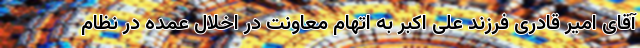
آقای امیر قادری فرزند علی اکبر به اتهام معاونت در اخلال عمده در نظام